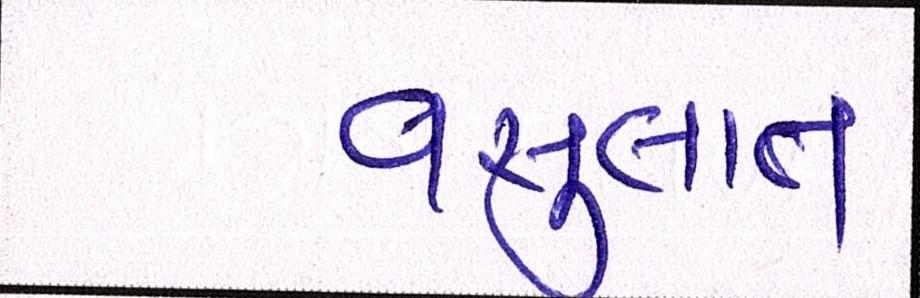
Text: વસુલાત